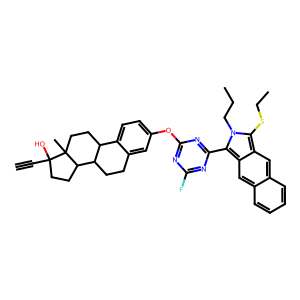
SMILES: C#CC1(O)CCC2C3CCc4cc(Oc5nc(F)nc(-c6c7cc8ccccc8cc7c(SCC)n6CCC)n5)ccc4C3CCC21C
Inhibits HIV replication: No